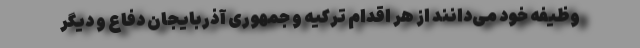
وظیفه خود می‌دانند از هر اقدام ترکیه و جمهوری آذربایجان دفاع و دیگر